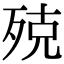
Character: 殑